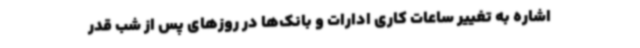
اشاره به تغییر ساعات کاری ادارات و بانک‌ها در روزهای پس از شب قدر